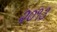
૨૦૧૩